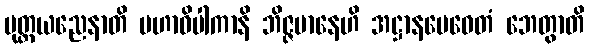
ပုတ္တယညေနာတိ မဟာဝိပါကာနိ ဘိဇ္ဇမာနေဟိ အဋ္ဌာနမေဝေတံ ဘေတွာတိ